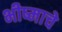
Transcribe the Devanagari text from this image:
भीष्माचे